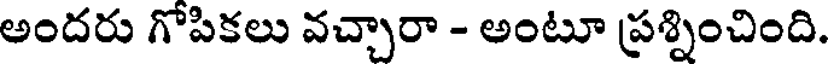
అందరు గోపికలు వచ్చారా - అంటూ ప్రశ్నించింది.